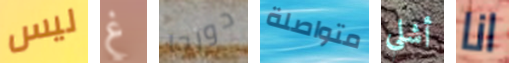
ليس غ دورجا متواصلة أشلي انا